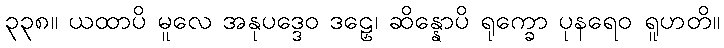
၃၃၈။ ယထာပိ မူလေ အနုပဒ္ဒေဝ ဒဠှေ၊ ဆိန္နောပိ ရုက္ခော ပုနရေဝ ရူဟတိ။